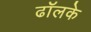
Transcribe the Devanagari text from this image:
ढॉलके